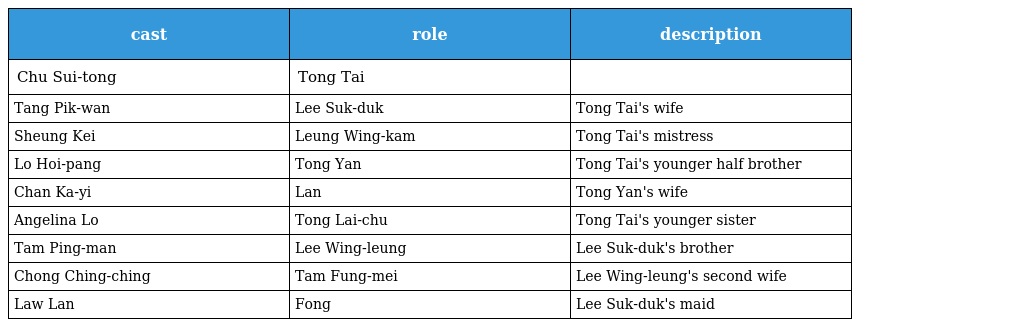
| cast | role | description |
 | --- | --- | --- |
 | Chu Sui-tong | Tong Tai 唐泰 |  |
 | Tang Pik-wan | Lee Suk-duk 李淑德 | Tong Tai's wife |
 | Sheung Kei | Leung Wing-kam 梁詠琴 | Tong Tai's mistress |
 | Lo Hoi-pang | Tong Yan 唐仁 | Tong Tai's younger half brother |
 | Chan Ka-yi | Lan | Tong Yan's wife |
 | Angelina Lo | Tong Lai-chu 唐麗珠 | Tong Tai's younger sister |
 | Tam Ping-man | Lee Wing-leung 李永良 | Lee Suk-duk's brother |
 | Chong Ching-ching | Tam Fung-mei 譚鳳媚 | Lee Wing-leung's second wife |
 | Law Lan | Fong | Lee Suk-duk's maid |